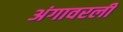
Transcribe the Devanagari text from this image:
अंगावरली